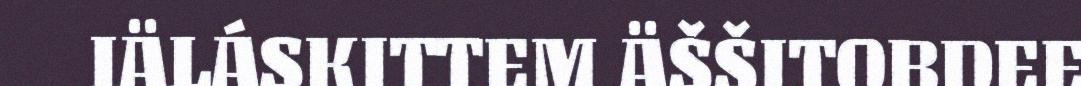
IÄLÁSKITTEM ÄŠŠITOBDEE